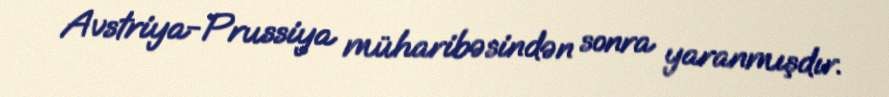
Avstriya-Prussiya müharibəsindən sonra yaranmışdır.